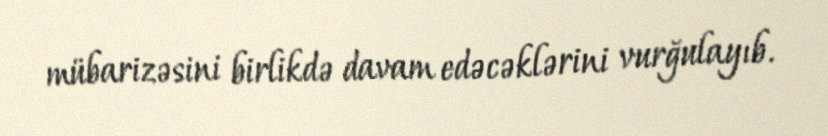
mübarizəsini birlikdə davam edəcəklərini vurğulayıb.